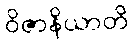
ဝိဇာနိယာတိ